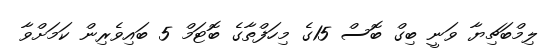
ލިމްބަޗިޔާ ވަނީ ބިގް ބޮސް 15ގެ މިހަފްތާގެ ބޮޓަމް 5 ބައިވެރިން ކަމަށްވާ